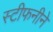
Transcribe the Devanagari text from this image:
स्टीफनीने